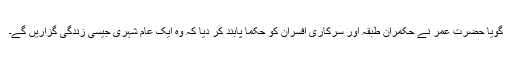
گویا حضرت عمرؓ نے حکمران طبقہ اور سرکاری افسران کو حکماً پابند کر دیا کہ وہ ایک عام شہری جیسی زندگی گزاریں گے۔